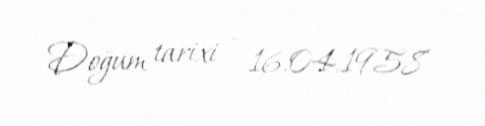
Doğum tarixi - 16.04.1958